Travelling and other expenses of members of Education Authorities, Committees, &c., 1920
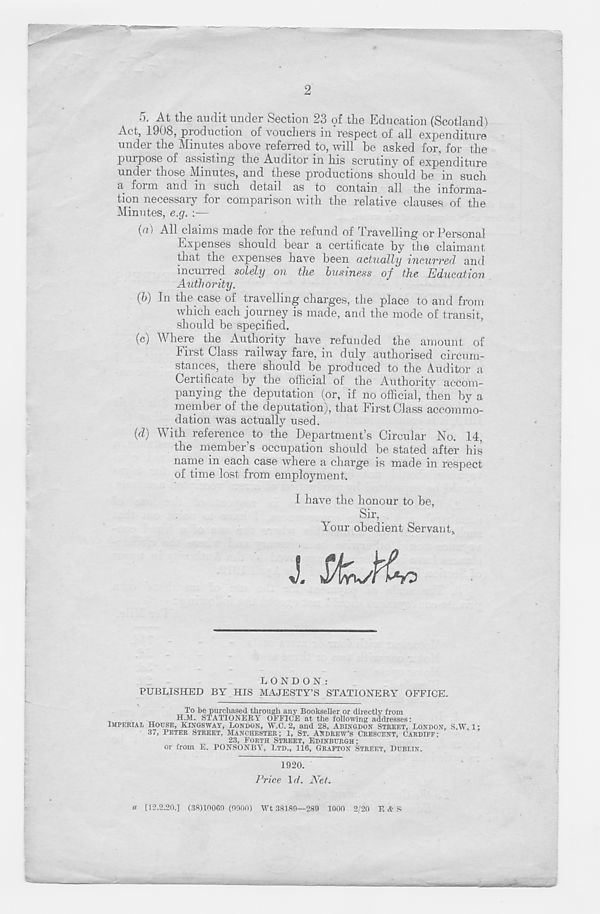
2
5. At the audit under Section 23 of the Education (Scotland)
Act, 1908, production of vouchers in respect of all expenditure
under the Minutes above referred to, will be asked for, for the
purpose of assisting the Auditor in his scrutiny of expenditure
under those Minutes, and these productions should be in such
a form and in such detail as to contain all the informa-
tion necessary for comparison with the relative clauses of the
Minutes, e.g. :—
(a) All claims made for the refund of Travelling or Personal
Expenses should bear a certificate by the claimant
that the expenses have been actually incurred and
incurred solely on the business of the Education
Authority.
(b) In the case of travelling charges, the place to and from
which each journey is made, and the mode of transit,
should be specified,
(c) Where the Authority have refunded the amount of
hirst Class railway fare, in duly authorised circum-
stances, there should be produced to the Auditor a
Certificate by the official of the Authoritv accom-
panying the deputation (or, if no official, then by a
member oi the deputation), that First Class accommo-
dation was actually used.
{d) With reference to the Department’s Circular No. 14,
the member’s occupation should be stated after his
name in each case wffiere a charge is made in respect
of time lost from employment.
I have the honour to be,
Sir,
Your obedient Servant,
J.
LONDON:
PUBLISHED BY HIS MAJESTY’S STATIONERY OFFICE.
To be purchased through any Bookseller or directly from
.
H.M. STATIONERY OFFICE at the following addresses:
IMPERIAL HOUSE, KINGSWAY, LONDON, W.C. 2, and 28, ABINGDON STREET, LONDON, S.W 1 •
37, PETER STREET, MANCHESTER; 1, ST. ANDREW’S CRESCENT, CARDIFF;
23, FORTH STREET, EDINBURGH;
or from E. PONSONBY, LTD., 116, GRAFTON STREET, DUBLIN.
1920.
Price \d. Net.
a [12.2.26.] (38)10000 (0066) Wt 38189—280 1066 2/26 E &. S